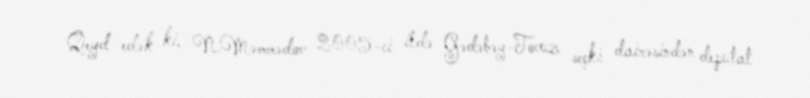
Qeyd edək ki, N.Məmmədov 2005-ci ildə Gədəbəy-Tovuz seçki dairəsindən deputat